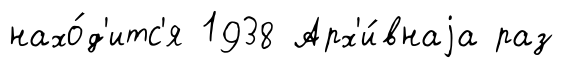
нахо́д'итс'я 1938 Арх'и́внаjа раз